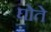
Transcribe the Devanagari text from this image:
घोते